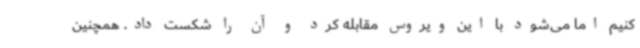
کنیم اما می‌شود با این ویروس مقابله کرد و آن را شکست داد. همچنین